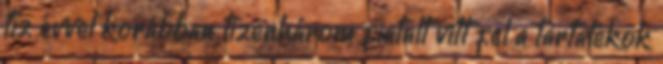
tíz évvel korábban tizenhárom fiatalt vitt fel a tartalékok